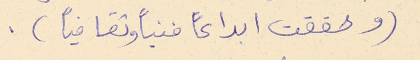
(وحققت ابداعاً فنياً وثقافياً).